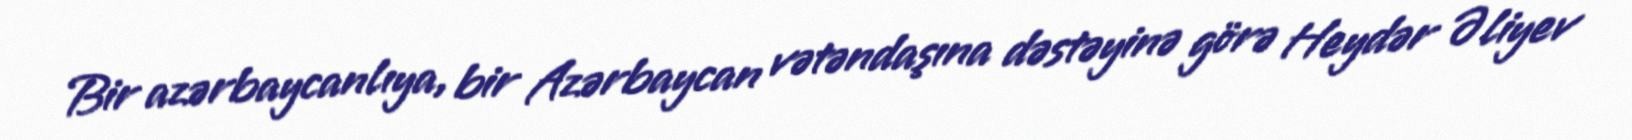
Bir azərbaycanlıya, bir Azərbaycan vətəndaşına dəstəyinə görə Heydər Əliyev